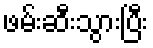
ဖမ်းဆီးသွားပြီး